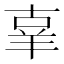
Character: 𦍬